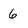
Character: 6